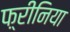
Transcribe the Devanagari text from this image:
फ़्रीनिया